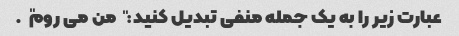
عبارت زیر را به یک جمله منفی تبدیل کنید: "من می روم".